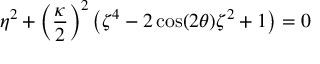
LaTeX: \eta ^ { 2 } + \left( \frac { \kappa } { 2 } \right) ^ { 2 } \left( \zeta ^ { 4 } - 2 \cos ( 2 \theta ) \zeta ^ { 2 } + 1 \right) = 0